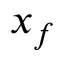
x _ { f }